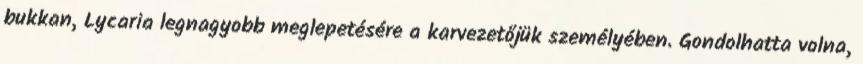
bukkan, Lycaria legnagyobb meglepetésére a karvezetőjük személyében. Gondolhatta volna,